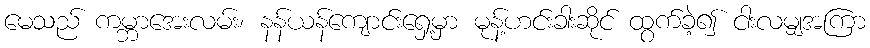
မေသည် ကမ္ဘာအေးလမ်း၊ နန်ယန်ကျောင်းရှေ့မှာ မုန့်ဟင်းခါးဆိုင် ထွက်ခဲ့၍ ငါးလမျှအကြာ